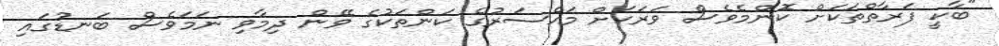
"ބާކީ ފަރާތްތަކަށް ކޮންމެވެސް ވަރަކަށް މައްސަރުގެ ކަންތަކުގެ ވޭން ދިމާވި ނަމަވެސް ބަނޑުގައި